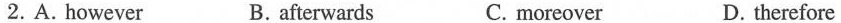
2. A. however B. afterwards C. moreover D. therefore